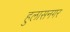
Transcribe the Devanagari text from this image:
हुलासनगर